Subject: math
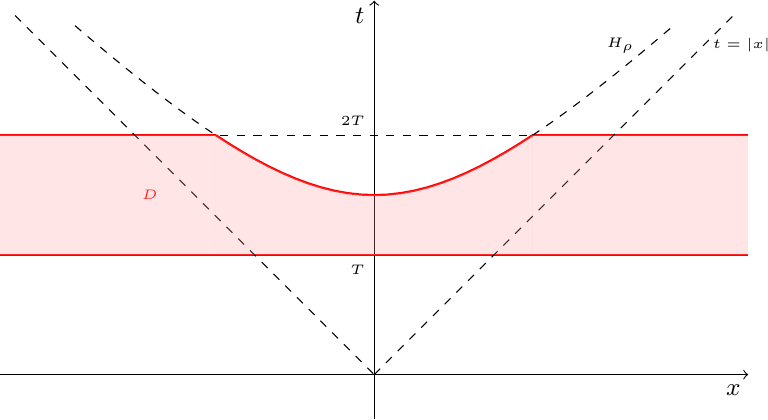
LaTeX code:
\begin{tikzpicture}[scale=1.9]

\draw[->] (0,-0.3) -- (0,2.5);
\draw[->] (-2.5,0) -- (2.5,0);
\node[below] at (2.4,0) {\small $x$};
\node[left] at (0,2.4) {\small $t$};

\draw[red, thick]  (-2.5,0.8) -- (2.5,0.8);
\node[below, left] at (0,0.7) {\tiny $T$};
\draw[red,thick]  (-2.5,1.6) -- (-1.058,1.6);
\node[above, left] at (0,1.7) {\tiny $2T$};
\draw[red,thick]  (1.058,1.6) -- (2.5,1.6);
\draw[dashed] (-1.03,1.6) -- (1.058,1.6);

\draw[red,thick] [domain=-1.058:1.058] plot(\x, {((1.2)^2+(\x)^2)^(0.5)});
\draw[dashed] [domain=-2:-1.058] plot(\x, {((1.2)^2+(\x)^2)^(0.5)});
\draw[dashed] [domain=1.058:2] plot(\x, {((1.2)^2+(\x)^2)^(0.5)});
\node[below, left] at (1.8,2.2) {\tiny $H_\rho$};
\node[red] at (-1.5,1.2) {\tiny $D$};

\draw[dashed] [domain=0:2.4] plot(\x,\x);
\draw[dashed] [domain=-2.4:0] plot(\x,-\x);
\node[right] at (2.2,2.2) {\tiny $t=|x|$};

\fill [red!40,nearly transparent, domain=-1.058:1.058, variable=\x]
  (-1.058, 0.8)
  -- plot ({\x},{((1.2)^2+(\x)^2)^(0.5)})
  -- (1.058, 0.8)
  -- cycle;

\fill[red!40,nearly transparent] (-2.5, 0.8) -- (-2.5,1.6) -- (-1.058,1.6) -- (-1.058, 0.8) -- cycle;
\fill[red!40,nearly transparent]  (1.058,1.6) -- (1.058, 0.8) -- (2.5, 0.8) -- (2.5, 1.6) -- cycle;

\end{tikzpicture}